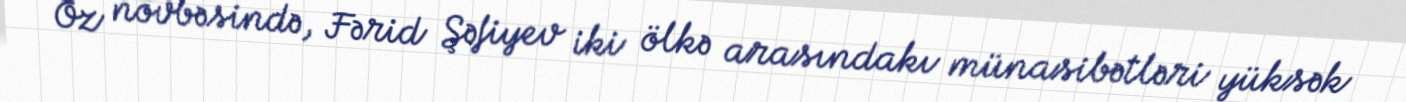
Öz növbəsində, Fərid Şəfiyev iki ölkə arasındakı münasibətləri yüksək